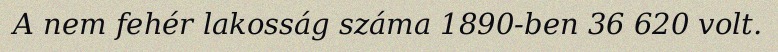
A nem fehér lakosság száma 1890-ben 36 620 volt.